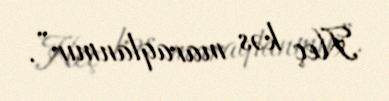
Heç kəs maraqlanmır”.